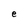
Character: e